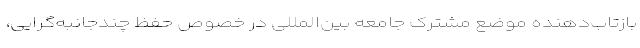
بازتاب‌دهنده موضع مشترک جامعه بین‌المللی در خصوص حفظ چندجانبه‌گرایی،